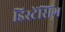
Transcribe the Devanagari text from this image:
डिस्टेंसिंग